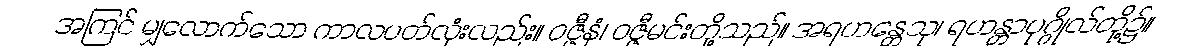
အကြင် မျှလောက်သော ကာလပတ်လုံးလည်း။ ဝဇ္ဇီနံ၊ ဝဇ္ဇီမင်းတို့သည်။ အရဟန္တေသု၊ ရဟန္တာပုဂ္ဂိုလ်တို့၌။